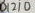
Text: D12/0